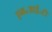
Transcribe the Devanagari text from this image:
एम॰आई॰टी